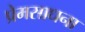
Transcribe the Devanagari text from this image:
प्रेमसाधना